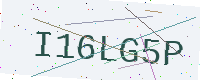
Text: I16LG5P